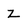
Character: Z